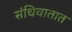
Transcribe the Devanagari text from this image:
संधिवातात